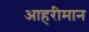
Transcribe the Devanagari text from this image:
आहरीमान